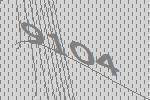
9104